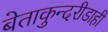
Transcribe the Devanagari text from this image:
बेताकुन्दरीडाही